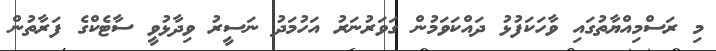
މި ރަސްމިއްޔާތުގައި ވާހަކަފުޅު ދައްކަވަމުން ގަވަރުނަރު އަހުމަދު ނަސީރު ވިދާޅުވީ ސާޓެކްގެ ފަރާތުން